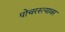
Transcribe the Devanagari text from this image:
पोचरस्त्यावर